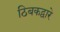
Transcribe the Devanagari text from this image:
ठिबकद्वारे